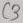
Text: C3